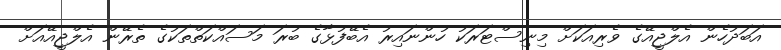
އަބަދުހެން އެލްޖީއޭގެ ވެރިއަކަށް މިނިސްޓަރަކު ހުންނައިރު އެބޭފުޅާގެ ބުރަ މަސައްކަތްތަކުގެ ތެރޭން އެލްޖީއޭއަށް